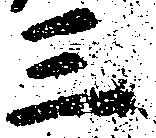
三